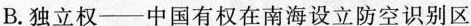
B.独立权——中国有权在南海设立防空识别区